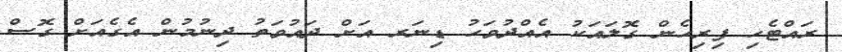
ރައްޓެހި ފިރިހެން ގޮލައަކު އެއްދުވަހު ޑިނަރ އަށް ދައުވަތު ދިނުމުން އެގެއަށް ގޮސް